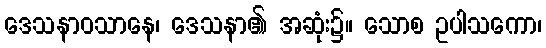
ဒေသနာဝသာနေ၊ ဒေသနာ၏ အဆုံး၌။ သောစ ဥပါသကော၊